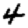
Digit: 4